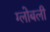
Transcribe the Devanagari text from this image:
ग्लोबली